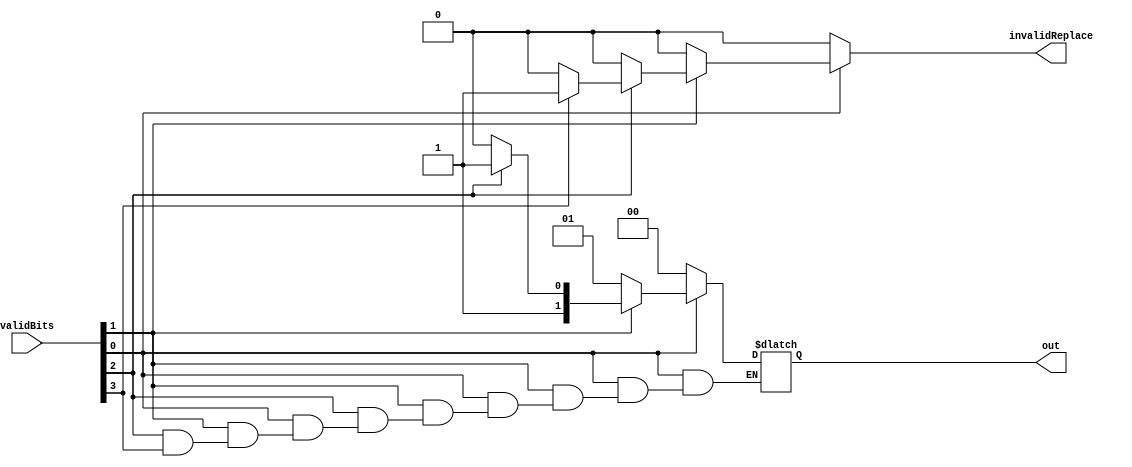
module validityEncoder(input [3:0] validBits,output reg invalidReplace, output reg [1:0] out); 
  always @ (validBits)
  begin  
  invalidReplace=1'b0;
  if(validBits[0]==0) out=2'b00;
  else if(validBits[1]==0)  out=2'b01;  
  else if(validBits[2]==0)  out=2'b10; 
  else if(validBits[3]==0)  out=2'b11;
  else invalidReplace=1'b1; 
  end
endmodule